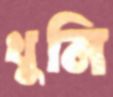
খুনি